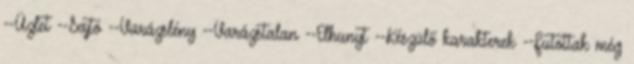
--Üzlet --Sajtó --Varázslény --Varázstalan --Elhunyt --Készülő karakterek --Futottak még